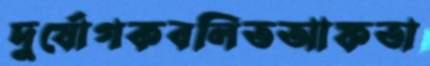
দুর্যোগকবলিতআফতা